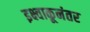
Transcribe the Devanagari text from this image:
इक्ष्वाकूनंतर